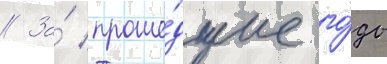
// За́ проше́дшие го́ды